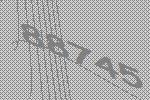
88745